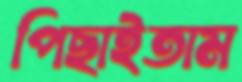
পিছাইতাম